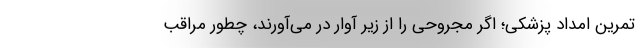
تمرين امداد پزشكي؛ اگر مجروحي را از زير آوار در مي‌آورند، چطور مراقب